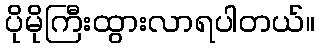
ပိုမိုကြီးထွားလာရပါတယ်။